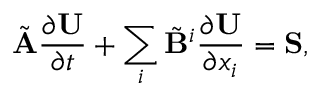
\tilde { \mathbf { A } } \frac { \partial \mathbf { U } } { \partial t } + \sum _ { i } \tilde { \mathbf { B } } ^ { i } \frac { \partial \mathbf { U } } { \partial x _ { i } } = \mathbf { S } ,